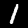
Digit: 1